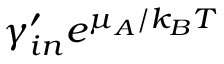
\gamma _ { i n } ^ { \prime } e ^ { \mu _ { A } / k _ { B } T }